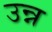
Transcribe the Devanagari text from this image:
उन्न